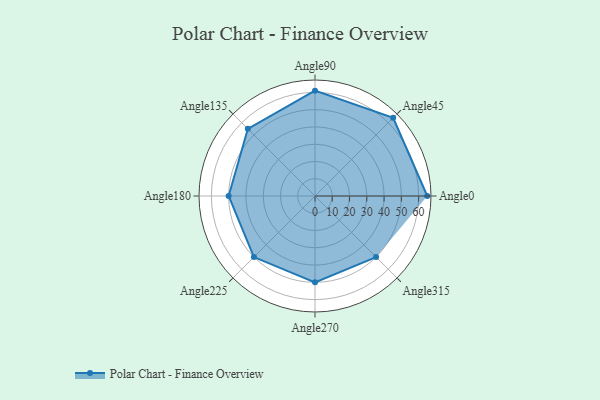
{"axis": {"x": "Angle", "y": "Radius"}, "legend": [""], "data": [{"x": "Angle0", "y": 65.0, "type": ""}, {"x": "Angle45", "y": 64.0, "type": ""}, {"x": "Angle90", "y": 61.0, "type": ""}, {"x": "Angle135", "y": 55.0, "type": ""}, {"x": "Angle180", "y": 50, "type": ""}, {"x": "Angle225", "y": 50, "type": ""}, {"x": "Angle270", "y": 50, "type": ""}, {"x": "Angle315", "y": 50.0, "type": ""}]}